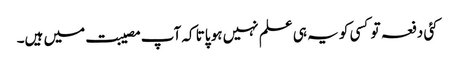
کئی دفعہ تو کسی کو یہ ہی علم نہیں ہو پاتا کہ آپ مصیبت میں ہیں۔